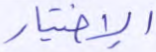
الإختيار